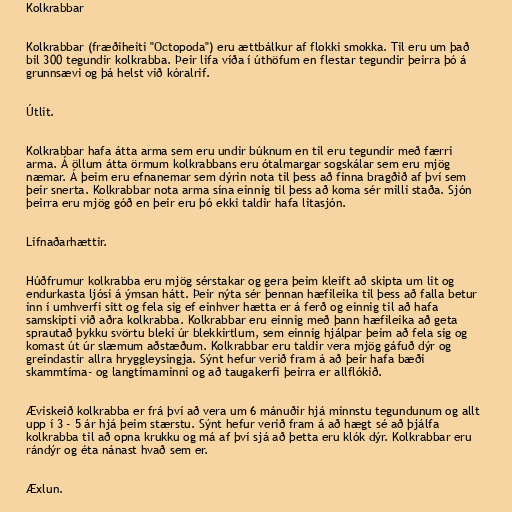
Kolkrabbar

Kolkrabbar (fræðiheiti "Octopoda") eru ættbálkur af flokki smokka. Til eru um það
bil 300 tegundir kolkrabba. Þeir lifa víða í úthöfum en flestar tegundir þeirra þó á
grunnsævi og þá helst við kóralrif.

Útlit.

Kolkrabbar hafa átta arma sem eru undir búknum en til eru tegundir með færri
arma. Á öllum átta örmum kolkrabbans eru ótalmargar sogskálar sem eru mjög
næmar. Á þeim eru efnanemar sem dýrin nota til þess að finna bragðið af því sem
þeir snerta. Kolkrabbar nota arma sína einnig til þess að koma sér milli staða. Sjón
þeirra eru mjög góð en þeir eru þó ekki taldir hafa litasjón.

Lifnaðarhættir.

Húðfrumur kolkrabba eru mjög sérstakar og gera þeim kleift að skipta um lit og
endurkasta ljósi á ýmsan hátt. Þeir nýta sér þennan hæfileika til þess að falla betur
inn í umhverfi sitt og fela sig ef einhver hætta er á ferð og einnig til að hafa
samskipti við aðra kolkrabba. Kolkrabbar eru einnig með þann hæfileika að geta
sprautað þykku svörtu bleki úr blekkirtlum, sem einnig hjálpar þeim að fela sig og
komast út úr slæmum aðstæðum. Kolkrabbar eru taldir vera mjög gáfuð dýr og
greindastir allra hryggleysingja. Sýnt hefur verið fram á að þeir hafa bæði
skammtíma- og langtímaminni og að taugakerfi þeirra er allflókið.

Æviskeið kolkrabba er frá því að vera um 6 mánuðir hjá minnstu tegundunum og allt
upp í 3 - 5 ár hjá þeim stærstu. Sýnt hefur verið fram á að hægt sé að þjálfa
kolkrabba til að opna krukku og má af því sjá að þetta eru klók dýr. Kolkrabbar eru
rándýr og éta nánast hvað sem er.

Æxlun.